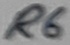
Text: R6